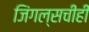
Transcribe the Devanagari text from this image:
जिंगल्सचीही